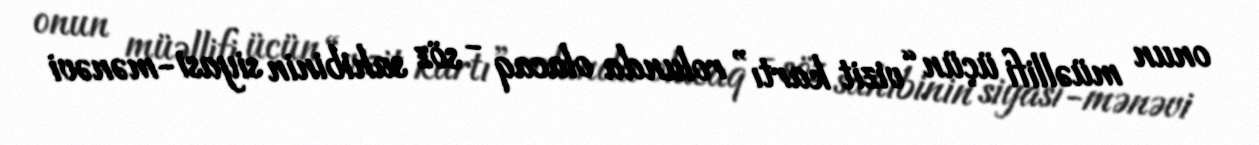
onun müəllifi üçün “vizit kartı” rolunda olacaq - söz sahibinin siyasi-mənəvi